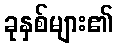
ခုနှစ်များ၏